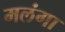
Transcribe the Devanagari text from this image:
मलंगा